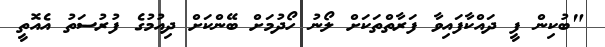
"ބުކިން ފީ ދައްކާފައިވާ ފަރާތްތަކަށް ލޯނު ހޯދުމަށް ބޭންކަށް ދިއުމުގެ ފުރުސަތު އެއޮތީ